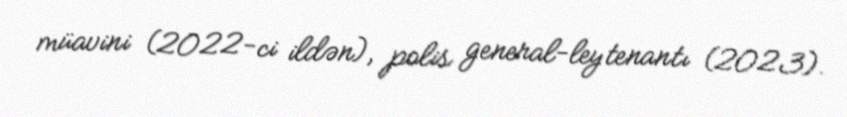
müavini (2022-ci ildən), polis general-leytenantı (2023).